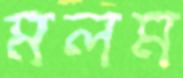
মলম